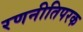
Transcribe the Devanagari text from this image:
रणनीतिपरक